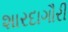
શારદાગૌરી